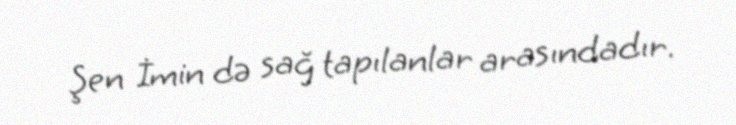
Şen İmin də sağ tapılanlar arasındadır.